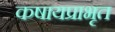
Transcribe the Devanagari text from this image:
कषायप्राभृत